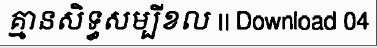
គ្មានសិទ្ធសម្បីខល || Download 04